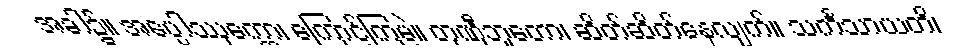
အခါ၌။ အပ္ပေါဿုက္ကော၊ ကြောင့်ကြမဲ့။ တုဏှီဘူတော၊ ဆိတ်ဆိတ်နေလျက်။ သင်္ကသာယတိ၊